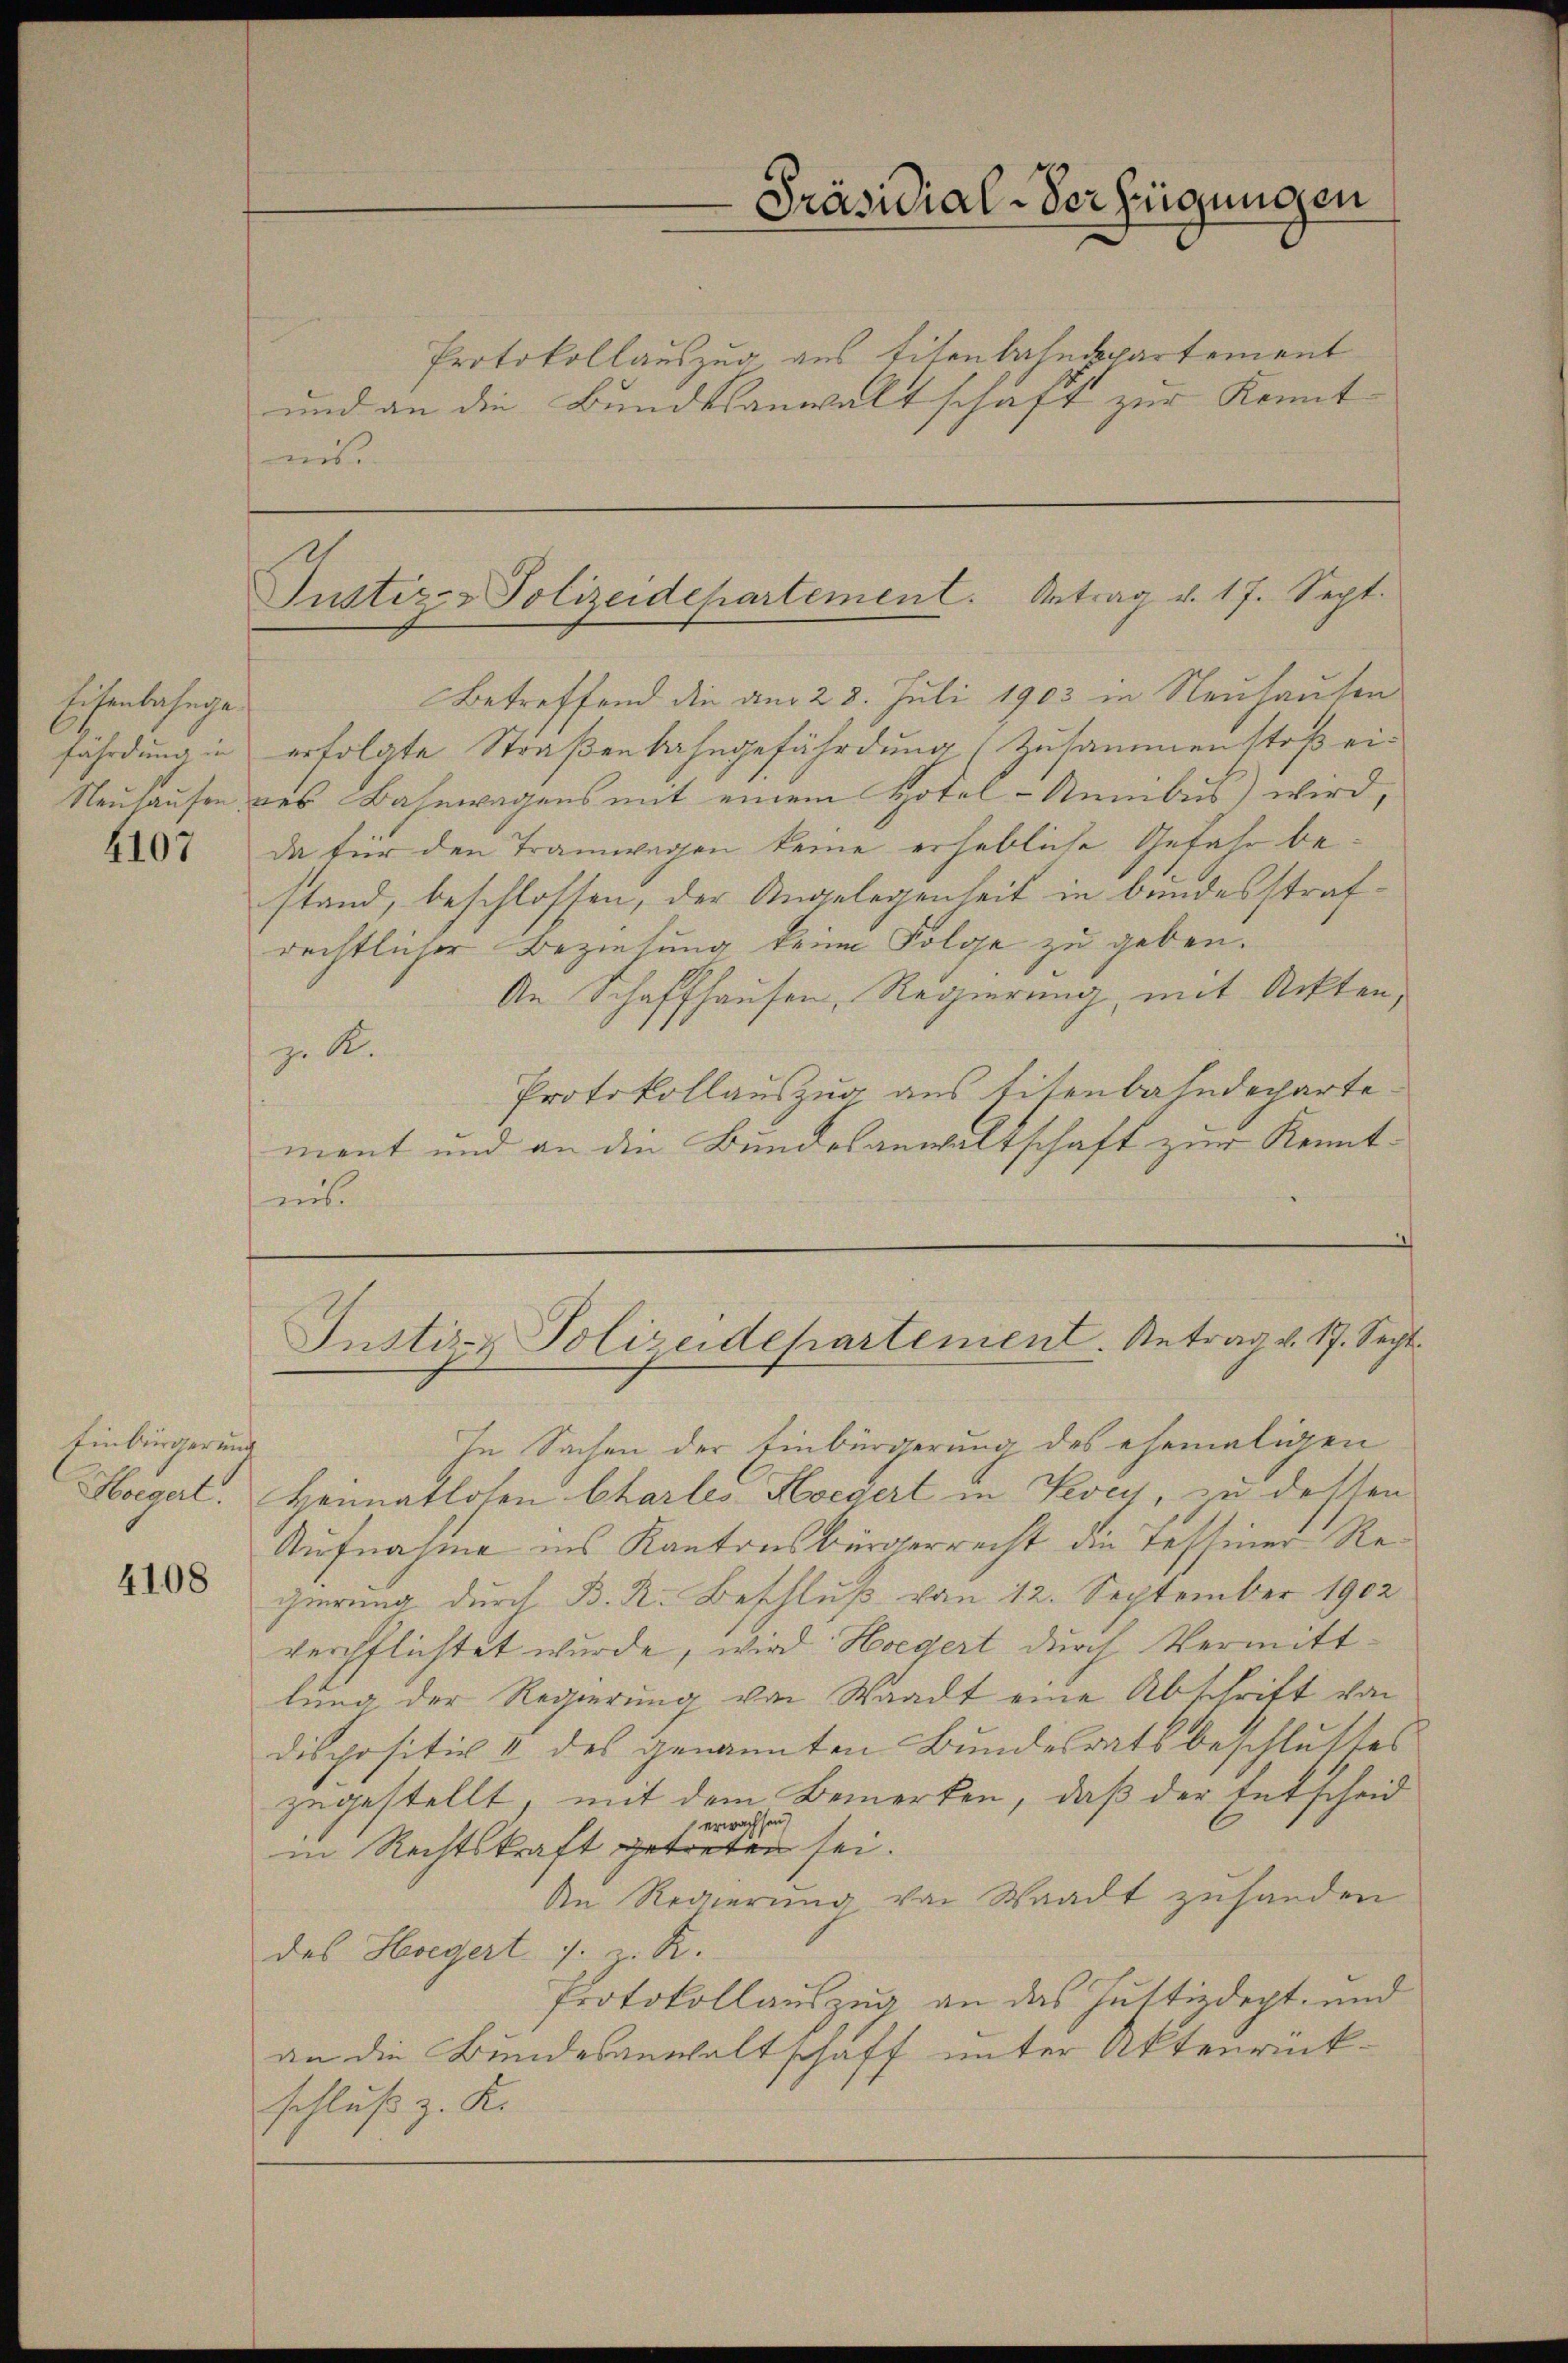
Eisenbahngefährdung in
Neuhausen,

4107

Einbürgerung

4108

Protokollauszug aus titenbahnspartement
und an die Bundesanwaltschaft zur Kennt-
ns

Präsidial-Verfügungen

Justiz- Polizeidepartement. Antrag v. 17. Sept.

Justiz- & Polizeidepartement. Antrag v. 17. Sept.

Betreffend die am 28. Juli 1903 in Neuhausen
erfolgte Straßenbahngefährdung (Zusammenstoß eires Bahnwagens mit einem Hotel-Sumbus wird,
da für den Tramwagen keine erhebliche Gefahr bestand, beschlossen, der Angelegenheit in bundesstrafrechtlicher Beziehung keine Folge zu geben.
An Schaffhausen, Regierung, mit Ackten,
z. R.
Protokollauszug aus Eisenbahndepartement und an die Bundesanwaltschaft zur Kenntnis
In Sachen der Einbürgerung des ehemaligen
Hagel. Heimatlosen Chartes Hoegert in Vevey, zu dessen
Aufnahme ins Kantonsbürgerrecht die Tessiner Regierung durch B. R. Beschluß vom 12. September 1902
verpflichtet wurde, wird Hoegert durch Vermittlung der Regierung von Waadt eine Abschrift von
dispositiv & des genannten Bundesratsbeschlusses
zugestellt, mit dem Bemerken, daß der Entscheid
erwachsen
in Rechtskraft getreten sei.
An Regierung von Waadt zuhanden
des Heregert s. z. R.
Protokollauszug an das Justizdept- und
an die Bundesanwaltschaft unter Aktenrückschluß z. K.